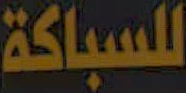
للسباكة